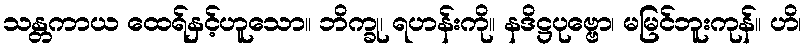
သန္တကာယ ထေရ်နှင့်ဟူသော။ ဘိက္ခု၊ ရဟန်းကို။ နဒိဋ္ဌပုဗ္ဗော၊ မမြင်ဘူးကုန်။ ဟိ၊